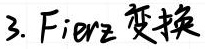
3. Fierz 变换